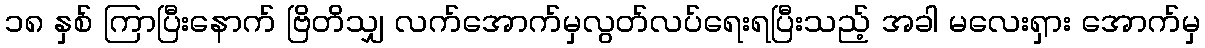
၁၈ နှစ် ကြာပြီးနောက် ဗြိတိသျှ လက်အောက်မှလွတ်လပ်ရေးရပြီးသည့် အခါ မလေးရှား အောက်မှ